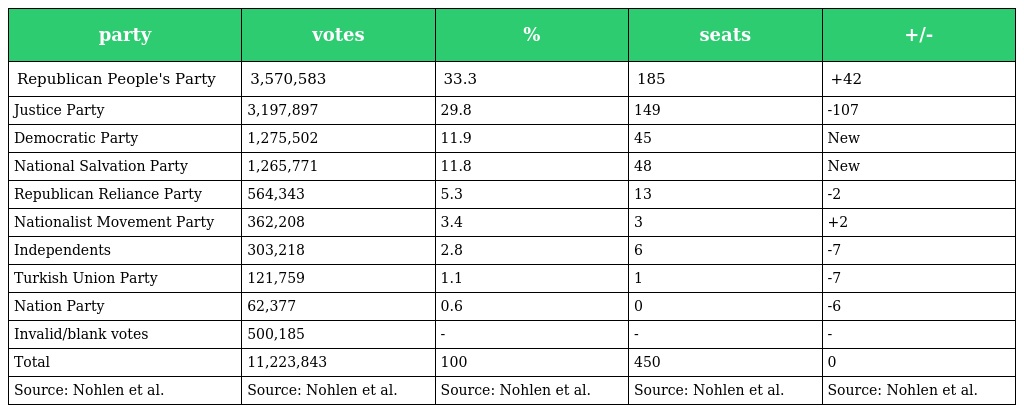
| party | votes | % | seats | +/- |
 | --- | --- | --- | --- | --- |
 | Republican People's Party | 3,570,583 | 33.3 | 185 | +42 |
 | Justice Party | 3,197,897 | 29.8 | 149 | -107 |
 | Democratic Party | 1,275,502 | 11.9 | 45 | New |
 | National Salvation Party | 1,265,771 | 11.8 | 48 | New |
 | Republican Reliance Party | 564,343 | 5.3 | 13 | -2 |
 | Nationalist Movement Party | 362,208 | 3.4 | 3 | +2 |
 | Independents | 303,218 | 2.8 | 6 | -7 |
 | Turkish Union Party | 121,759 | 1.1 | 1 | -7 |
 | Nation Party | 62,377 | 0.6 | 0 | -6 |
 | Invalid/blank votes | 500,185 | - | - | - |
 | Total | 11,223,843 | 100 | 450 | 0 |
 | Source: Nohlen et al. | Source: Nohlen et al. | Source: Nohlen et al. | Source: Nohlen et al. | Source: Nohlen et al. |